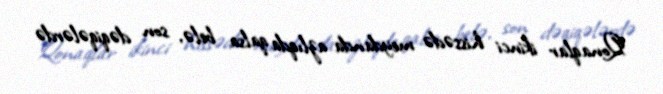
Qonaqlar ikinci hissədə meydanda azlıqda qalsa belə, son dəqiqələrdə